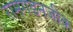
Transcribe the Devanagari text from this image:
रामगडनजीक